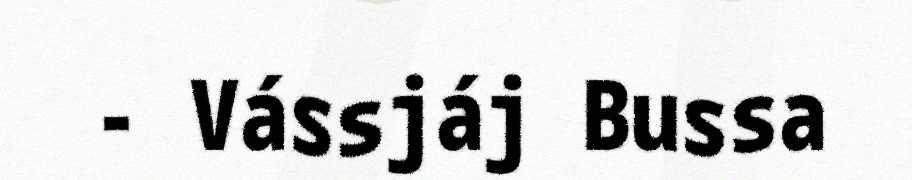
- Vássjáj Bussa